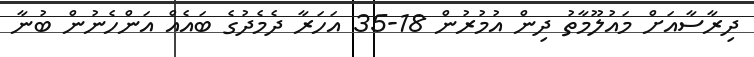
ދިރާސާއަށް މައުލޫމާތު ދިން އުމުރުން 18-35 އަހަރާ ދެމެދުގެ ބައެއް އަންހެނުން ބުނާ